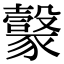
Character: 𧲇